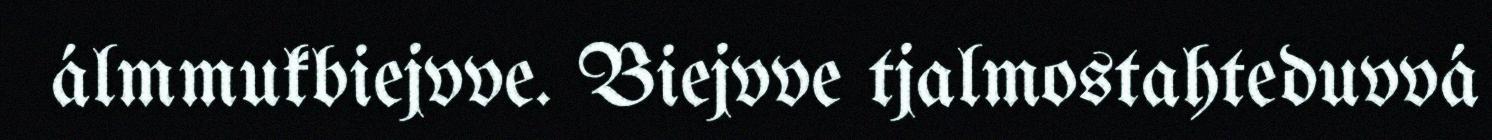
álmmukbiejvve. Biejvve tjalmostahteduvvá